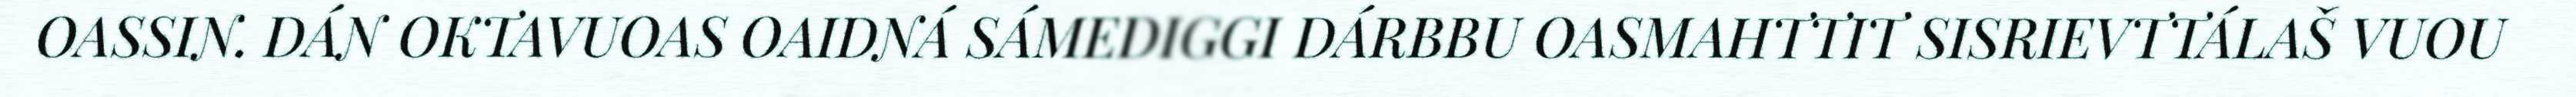
OASSIN. DÁN OKTAVUOAS OAIDNÁ SÁMEDIGGI DÁRBBU OASMAHTTIT SISRIEVTTÁLAŠ VUOU